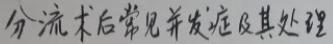
分流术后常见并发症及其处理